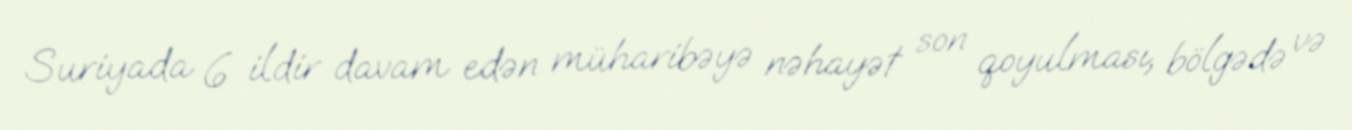
Suriyada 6 ildir davam edən müharibəyə nəhayət son qoyulması, bölgədə və